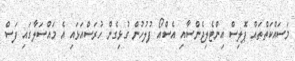
މަސައްކަތްތައް ޕޮލިސް އިންޓެލިޖެންސާއި އެސްއޯ ފުލުހުން ގުޅިގެން ހުރަސްއަޅައި އެ މައްސަލާގައި ފަސް